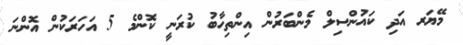
މޭޔަރ އަދި ކައުންސިލް މެންބަރުން އިންތިހާބު ކުރަނީ ކޮންމެ 5 އަހަރަކުން އޮންނަ